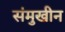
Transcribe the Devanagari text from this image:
संमुखीन